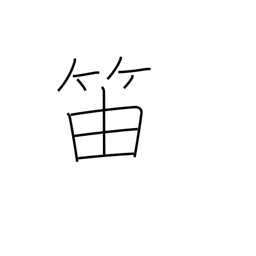
Meaning: clarinet